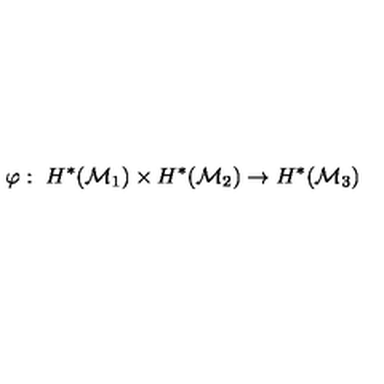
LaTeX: \varphi : \ H ^ { * } ( { \cal M } _ { 1 } ) \times H ^ { * } ( { \cal M } _ { 2 } ) \to H ^ { * } ( { \cal M } _ { 3 } )